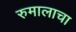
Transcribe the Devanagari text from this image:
रुमालाचा